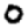
Digit: 0